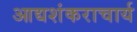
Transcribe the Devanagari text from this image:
आद्यशंकराचार्य